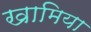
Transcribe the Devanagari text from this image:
खामिया